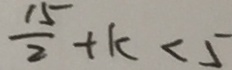
\frac { 1 5 } { 2 } + k < 5